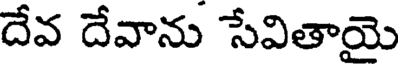
దేవ దేవాను సేవితాయై